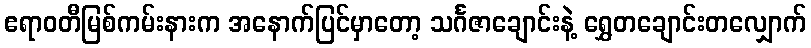
ဧရာဝတီမြစ်ကမ်းနားက အနောက်ပြင်မှာတော့ သင်္ဂဇာချောင်းနဲ့ ရွှေတချောင်းတလျှောက်